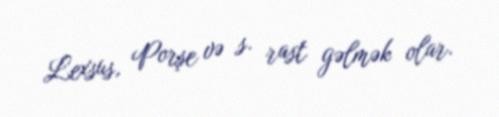
Lexsus, Porşe və s. rast gəlmək olar.